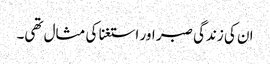
ان کی زندگی صبر اور استغنا کی مثال تھی۔